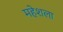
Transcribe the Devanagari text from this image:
महेशला